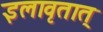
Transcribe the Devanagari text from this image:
इलावृतात्